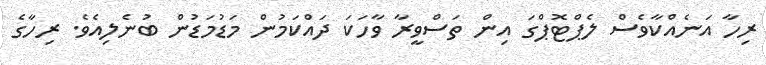
ރިހާ އަނެއްކާވެސް ލެޕްޓޮޕްގަ އިން ތަސްވީރާ ވާހަކަ ދައްކަމުން މަޑުމަޑުން ބުނެލިއެވެ. ރިހާގެ